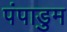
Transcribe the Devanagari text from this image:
पंपाडुम